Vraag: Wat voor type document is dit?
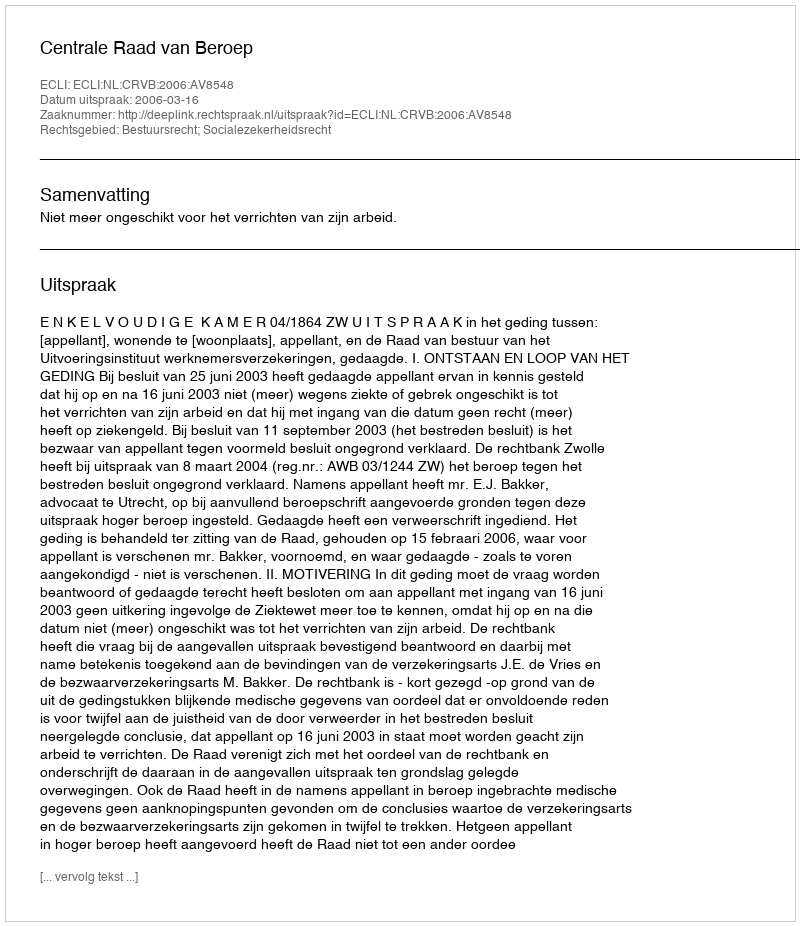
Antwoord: Uitspraak